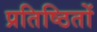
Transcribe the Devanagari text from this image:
प्रतिष्ठितों